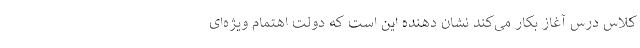
کلاس درس آغاز بکار می‌کند نشان دهنده این است که دولت اهتمام ویژه‌ای